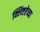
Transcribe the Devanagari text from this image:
क्लिष्टतेच्या